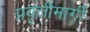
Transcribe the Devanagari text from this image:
प्रवृत्तीमार्गी